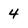
Character: 4